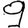
Digit: 9